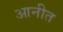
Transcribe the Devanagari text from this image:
आनीत